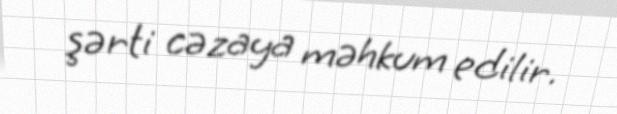
şərti cəzaya məhkum edilir.